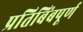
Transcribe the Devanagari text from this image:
प्रतिबिंबपूर्ण